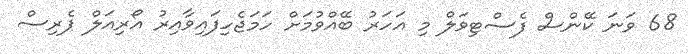
68 ވަނަ ކޭންސް ފެސްޓިވަލް މި އަހަރު ބޭއްވުމަށް ހަމަޖެހިފައިވާއިރު އޯރިއަލް ޕެރިސް